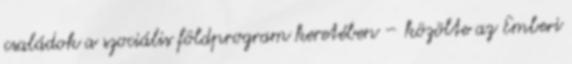
családok a szociális földprogram keretében – közölte az Emberi